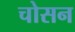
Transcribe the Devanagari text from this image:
चोसन